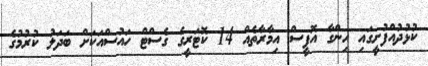
ކުޅުދުއްފުށީގައި ހިންގާ އޮފީސް އިމާރާތެއް 14 ކޮޓަރީގެ ގެސްޓް ހައުސްއަކަށް ބަދަލު ކުރުމުގެ